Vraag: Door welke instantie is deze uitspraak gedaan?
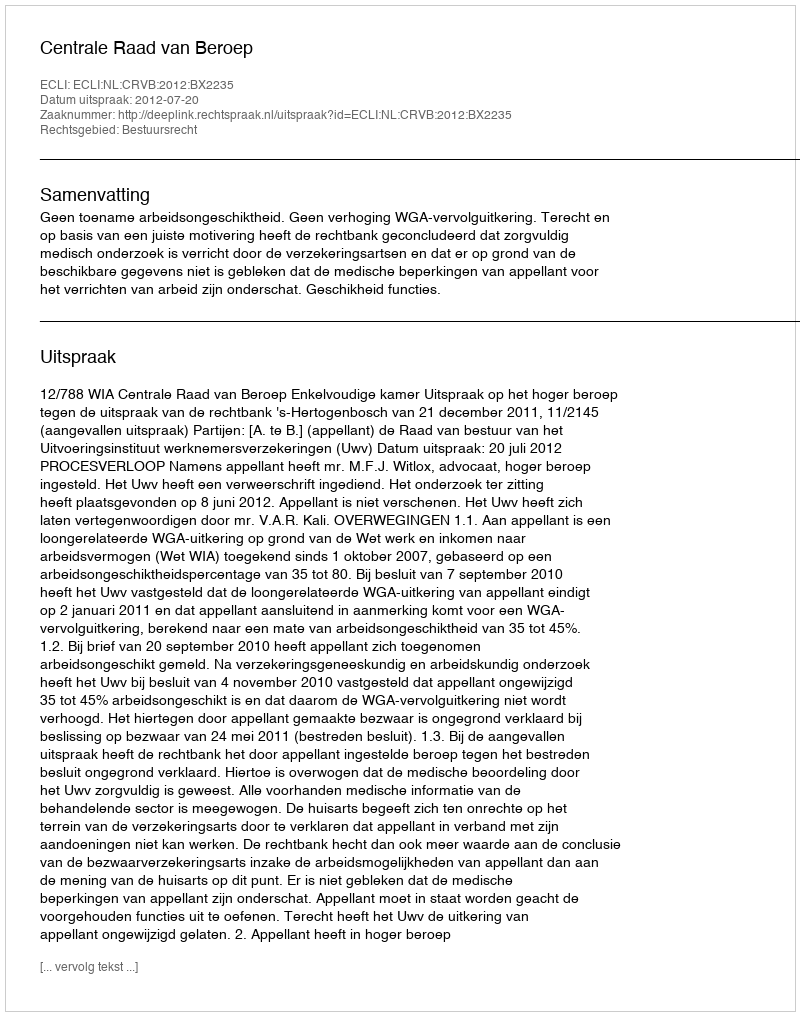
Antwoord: Centrale Raad van Beroep